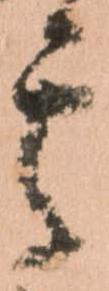
其